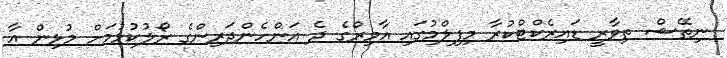
ނިތޭޝް ތިވާރީ ޑައިރެކްޓްކުރާ މިފިލްމުގައި އާމިރްގެ ދެ އަންހެންދަރިންގެ ރޯލުކުޅުމަށް މުޅިން އާ